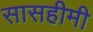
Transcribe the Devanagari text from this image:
सासहीमी